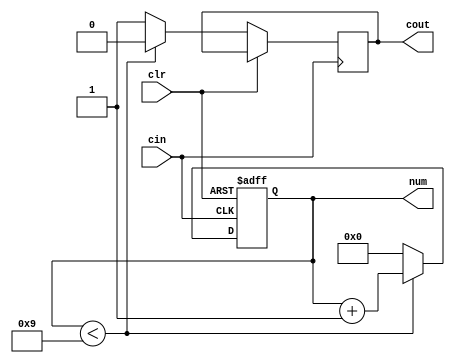
// Score count
//
// by nyLiao, April, 2019

module wam_cnt(             // 1-bit 0-to-9 counter
    input wire clr,
    input wire cin,
    output reg cout,        // carry bit
    output reg [3:0] num    // DEC number in BCD
    );

    always @(posedge cin or posedge clr) begin
        if (clr)
            begin
                num <= 0;
            end
        else
            begin
                if (num < 9)
                    begin
                        num <= num + 1;
                        cout <= 0;
                    end
                else
                    begin
                        num <= 0;
                        cout <= 1;
                    end
            end
    end
endmodule // wam_cnt

module wam_scr(             // score count
    input wire clk,         // synchronize clock
    input wire clr,
    input wire [7:0] hit,
    output reg [11:0] num,
    output wire cout0       // carry bit on 10s is a hardness control signal
    );

    wire [11:0] cnum;       // counter number register
    wire cout1, cout2;      // carry bits as trigger of next counter
    wire scr;

    assign scr = hit[0] | hit[1] | hit[2] | hit[3] | hit[4] | hit[5] | hit[6] | hit[7];

    wam_cnt cnt0( .clr(clr), .cin(scr), .cout(cout0), .num(cnum[3:0]) );
    wam_cnt cnt1( .clr(clr), .cin(cout0), .cout(cout1), .num(cnum[7:4]) );
    wam_cnt cnt2( .clr(clr), .cin(cout1), .cout(cout2), .num(cnum[11:8]) );

    always @(posedge clk) begin
        num <= cnum;        // synchronize clock
    end
endmodule // wam_scr